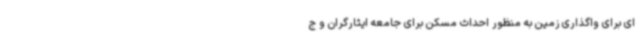
ای برای واگذاری زمین به منظور احداث مسکن برای جامعه ایثارگران و ج